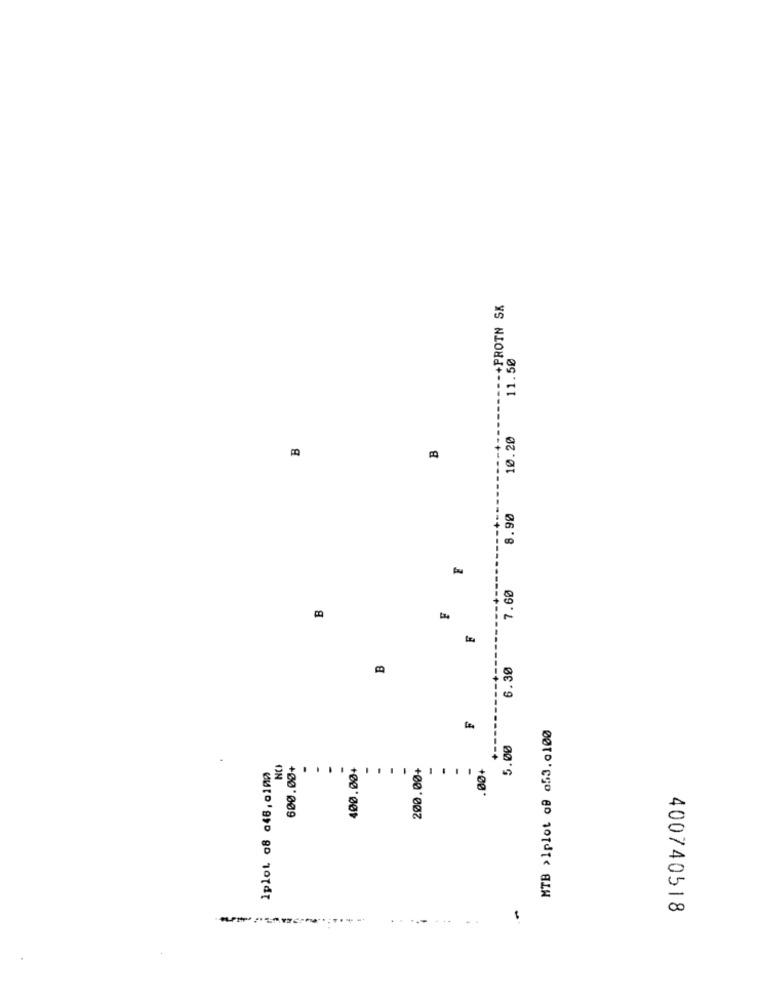
--- +PROTN SK
11.50
10.20
B
B
8.90
E
7.60
B
F
F
B
6.30
F
MTB >1plot of 053.0100
5.00
Iplot 08 a48,0100
NO
600.00+
-
.
-
400.004
200.00+
.00+
1
400740518